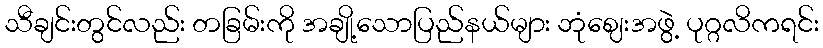
သီချင်းတွင်လည်း တခြမ်းကို အချို့သောပြည်နယ်များ ဘုံဈေးအဖွဲ့ ပုဂ္ဂလိကရင်း